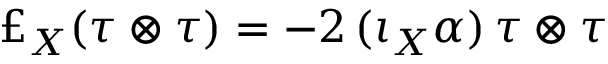
\pounds _ { X } ( \tau \otimes \tau ) = - 2 \, ( \iota _ { X } \alpha ) \, \tau \otimes \tau